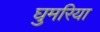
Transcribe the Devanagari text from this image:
घुमरिया